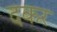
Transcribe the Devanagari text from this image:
दकर